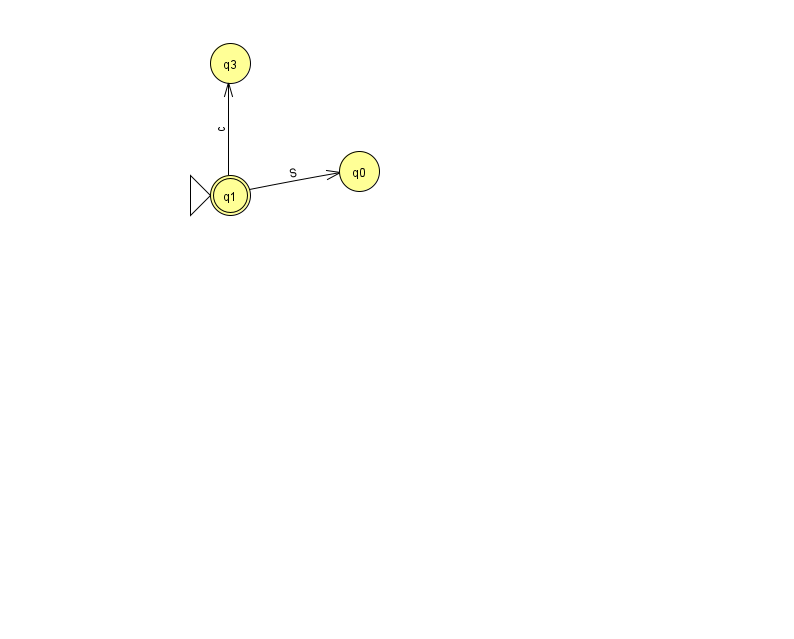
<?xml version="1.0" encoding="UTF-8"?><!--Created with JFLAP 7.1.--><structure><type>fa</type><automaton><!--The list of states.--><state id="0" name="q0"><x>359.0</x><y>158.0</y></state><state id="1" name="q1"><x>230.0</x><y>182.0</y><initial/><final/></state><state id="3" name="q3"><x>230.0</x><y>50.0</y></state><!--The list of transitions.--><transition><from>1</from><to>0</to><read>S</read></transition><transition><from>1</from><to>3</to><read>c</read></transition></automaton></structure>